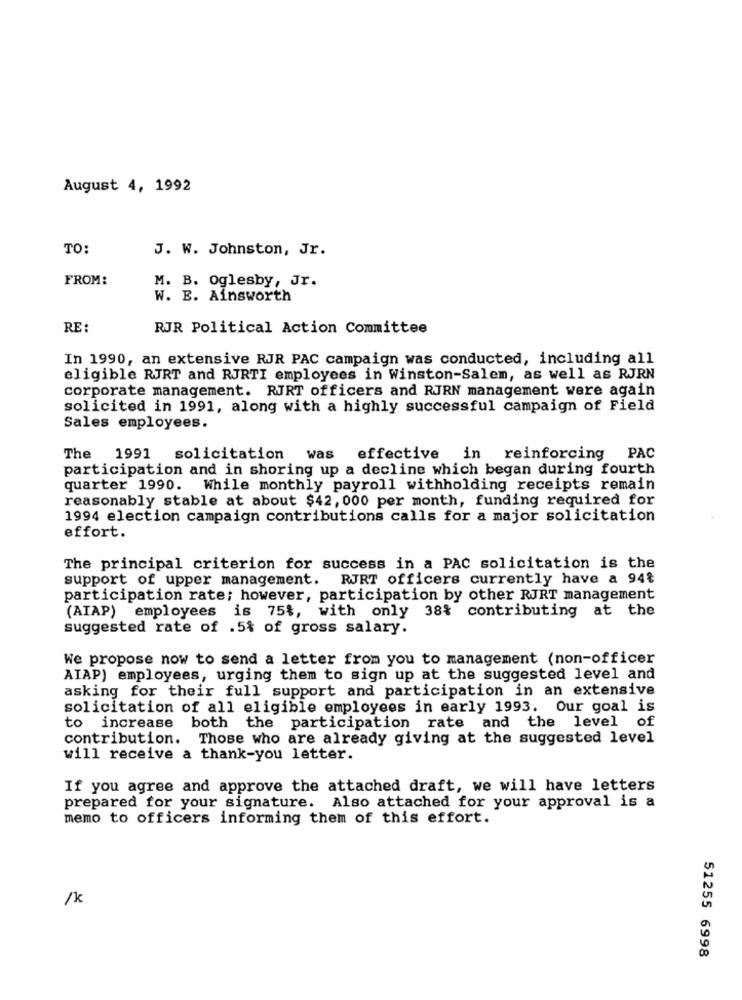
August 4, 1992
TO:
J. W. Johnston, Jr.
FROM:
M. B. Oglesby, Jr.
W. E. Ainsworth
RE:
RJR Political Action Committee
In 1990, an extensive RJR PAC campaign was conducted, including all
eligible RJRT and RJRTI employees in Winston-Salem, as well as RJRN
corporate management. RJRT officers and RJRN management were again
solicited in 1991, along with a highly successful campaign of Field
Sales employees.
The 1991 solicitation was effective in reinforcing PAC
participation and in shoring up a decline which began during fourth
quarter 1990. While monthly payroll withholding receipts remain
reasonably stable at about $42, 000 per month, funding required for
1994 election campaign contributions calls for a major solicitation
effort.
The principal criterion for success in a PAC solicitation is the
support of upper management. RJRT officers currently have a 94%
participation rate; however, participation by other RJRT management
(AIAP) employees is 75%, with only 38% contributing at the
suggested rate of .5% of gross salary.
We propose now to send a letter from you to management (non-officer
AIAP) employees, urging them to sign up at the suggested level and
asking for their full support and participation in an extensive
solicitation of all eligible employees in early 1993. Our goal is
to increase both the participation rate and the level of
contribution. Those who are already giving at the suggested level
will receive a thank-you letter.
If you agree and approve the attached draft, we will have letters
prepared for your signature. Also attached for your approval is a
memo to officers informing them of this effort.
/k
51255 6998